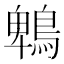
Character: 鵯